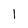
Character: 1